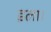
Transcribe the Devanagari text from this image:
इला।